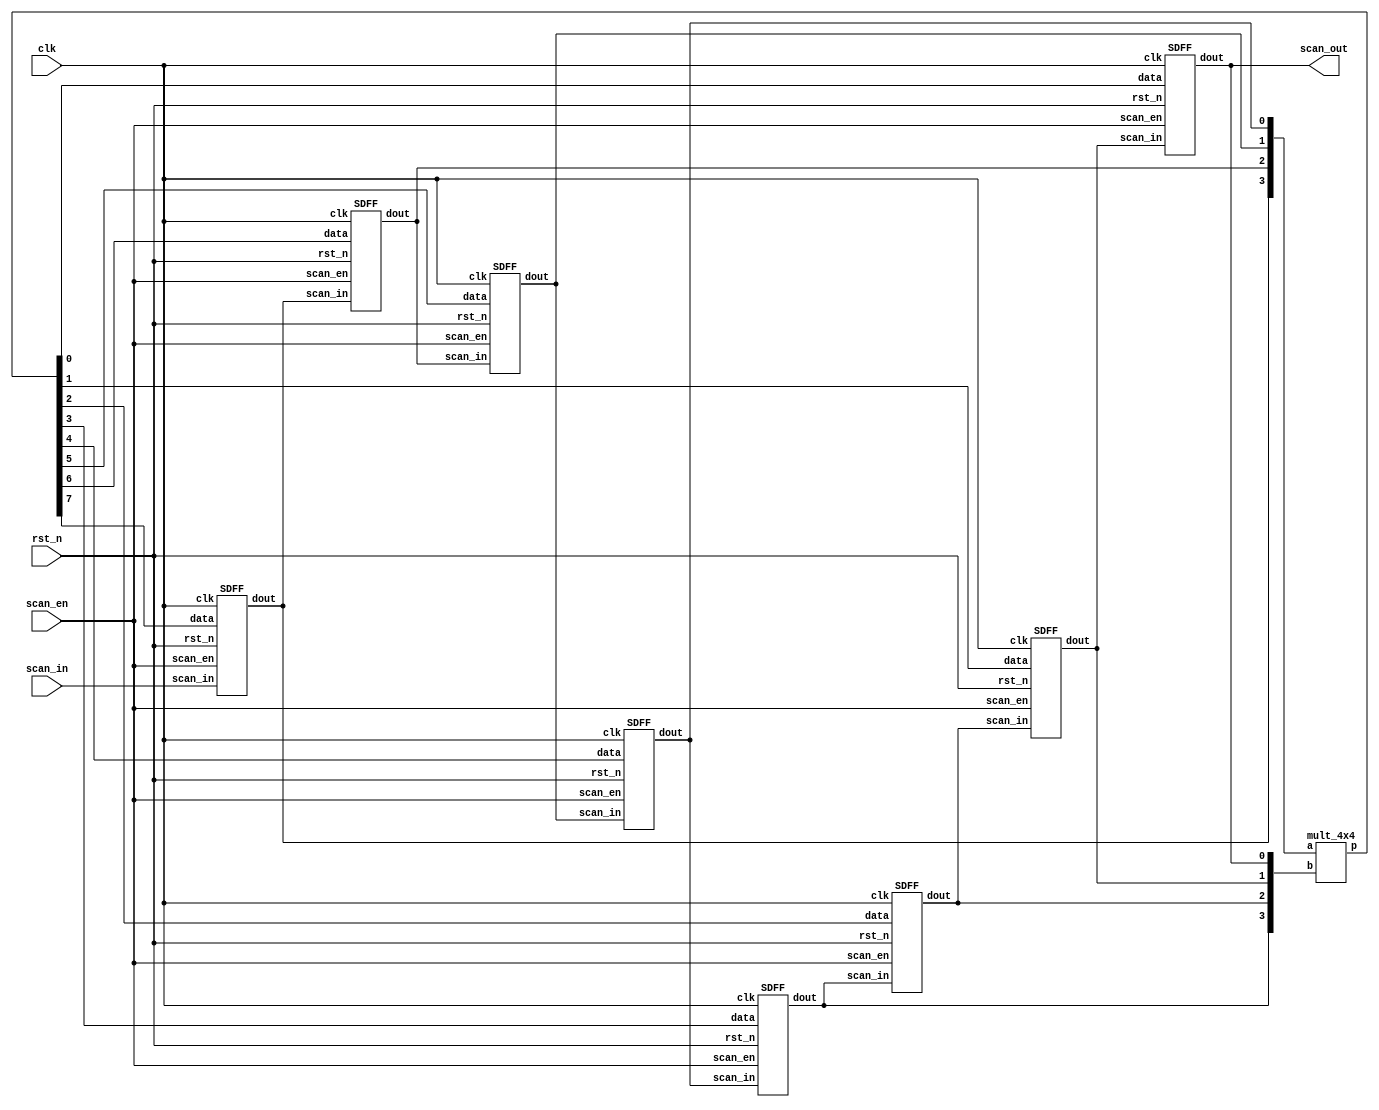
`timescale 1ns/1ps

module Scan_Chain_Design(clk, rst_n, scan_in, scan_en, scan_out);
input clk, rst_n, scan_in, scan_en;
output scan_out;

wire [3:0] a, b;
wire [7:0] p;

mult_4x4 m0( a, b, p);
SDFF s7(scan_in, p[7], scan_en, rst_n, clk, a[3]);
SDFF s6(a[3], p[6], scan_en, rst_n, clk, a[2]);
SDFF s5(a[2], p[5], scan_en, rst_n, clk, a[1]);
SDFF s4(a[1], p[4], scan_en, rst_n, clk, a[0]);
SDFF s3(a[0], p[3], scan_en, rst_n, clk, b[3]);
SDFF s2(b[3], p[2], scan_en, rst_n, clk, b[2]);
SDFF s1(b[2], p[1], scan_en, rst_n, clk, b[1]);
SDFF s0(b[1], p[0], scan_en, rst_n, clk, b[0]);
assign scan_out = b[0];

endmodule

module SDFF (scan_in, data, scan_en, rst_n, clk, dout);
input scan_in, data, scan_en;
input rst_n, clk;
output reg dout;

always @(posedge clk)begin
if(rst_n != 0)begin
    if(scan_en == 1) begin
        dout <= scan_in;
    end
    else if(scan_en == 0) begin
        dout <= data; 
    end 
    else begin
        dout <= 0; 
    end 
end
else begin
    dout <= 0;
end
end

endmodule 

module Full_adder (a, b, cin, cout, sum);
input a, b, cin;
output  reg cout, sum;

always @ (a or b or cin) begin
    {cout, sum} = a + b + cin;
end

endmodule 

module mult_4x4( a, b, p);
input [3:0] a, b;
output [7:0] p; 
wire a0b0; //p0
wire a1b0, a0b1; //p1
wire a2b0, a1b1, a0b2, p2_1; //p2
wire a3b0, a2b1, a1b2, a0b3, p3_1, p3_2; //p3
wire a3b1, a2b2, a1b3; //p4
wire a3b2, a2b3; //p5
wire a3b3; //p6

wire c0, c1, s2, s5;
wire [2-1:0] c2, s3, s4, c5;
wire [3-1:0] c3, c4;
assign a0b0 = a[0] & b[0];
assign a1b0 = a[1] & b[0];
assign a2b0 = a[2] & b[0];
assign a3b0 = a[3] & b[0];

assign a0b1 = a[0] & b[1];
assign a1b1 = a[1] & b[1];
assign a2b1 = a[2] & b[1];
assign a3b1 = a[3] & b[1];

assign a0b2 = a[0] & b[2];
assign a1b2 = a[1] & b[2];
assign a2b2 = a[2] & b[2];
assign a3b2 = a[3] & b[2];

assign a0b3 = a[0] & b[3];
assign a1b3 = a[1] & b[3];
assign a2b3 = a[2] & b[3];
assign a3b3 = a[3] & b[3];

Full_adder fa0(a0b0, 1'b0, 1'b0, c0, p[0]); //p0 = a0b0

Full_adder fa1(a1b0, a0b1, c0, c1, p[1]); //p1= a0b1+a1b0

Full_adder fa2(a2b0, a1b1, a0b2, c2[0], s2); //p2 = a0b2+a1b1+a2b0
Full_adder fa3(s2, c1, 1'b0, c2[1], p[2]);

Full_adder fa4(a3b0, a2b1, a1b2, c3[0], s3[0]); //p3 = a0b3+a1b2+a2b1+a3b0
Full_adder fa5(s3[0], a0b3, c2[0], c3[1], s3[1]);
Full_adder fa6(s3[1], c2[1], 1'b0, c3[2], p[3]);

Full_adder fa7(a3b1, a2b2, a1b3, c4[0], s4[0]); //p4 = a1b3+a2b2+a3b1
Full_adder fa8(s4[0], c3[0], c3[1], c4[1], s4[1]);
Full_adder fa9(s4[1], c3[2], 1'b0, c4[2], p[4]);
//p5
Full_adder fa10(a3b2, a2b3, c4[0], c5[0], s5); //p5 = a2b3+a3b2
Full_adder fa11(s5, c4[1], c4[2], c5[1], p[5]);
//p6
Full_adder fa12(a3b3, c5[0], c5[1], p[7], p[6]); //p6 = a3b3
endmodule